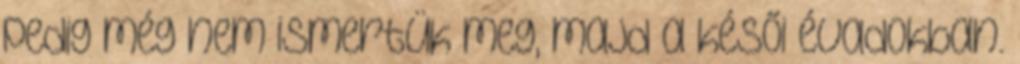
pedig még nem ismertük meg, majd a késői évadokban.